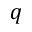
q